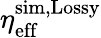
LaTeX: \eta_{\mathrm{eff}}^{\mathrm{sim,Lossy}}